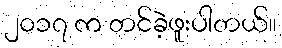
၂၀၁၇ က တင်ခဲ့ဖူးပါတယ်။